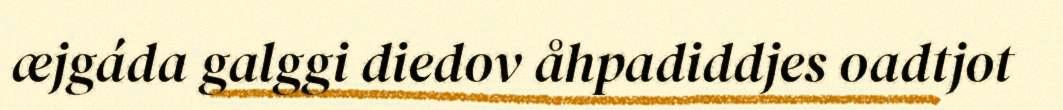
æjgáda galggi diedov åhpadiddjes oadtjot